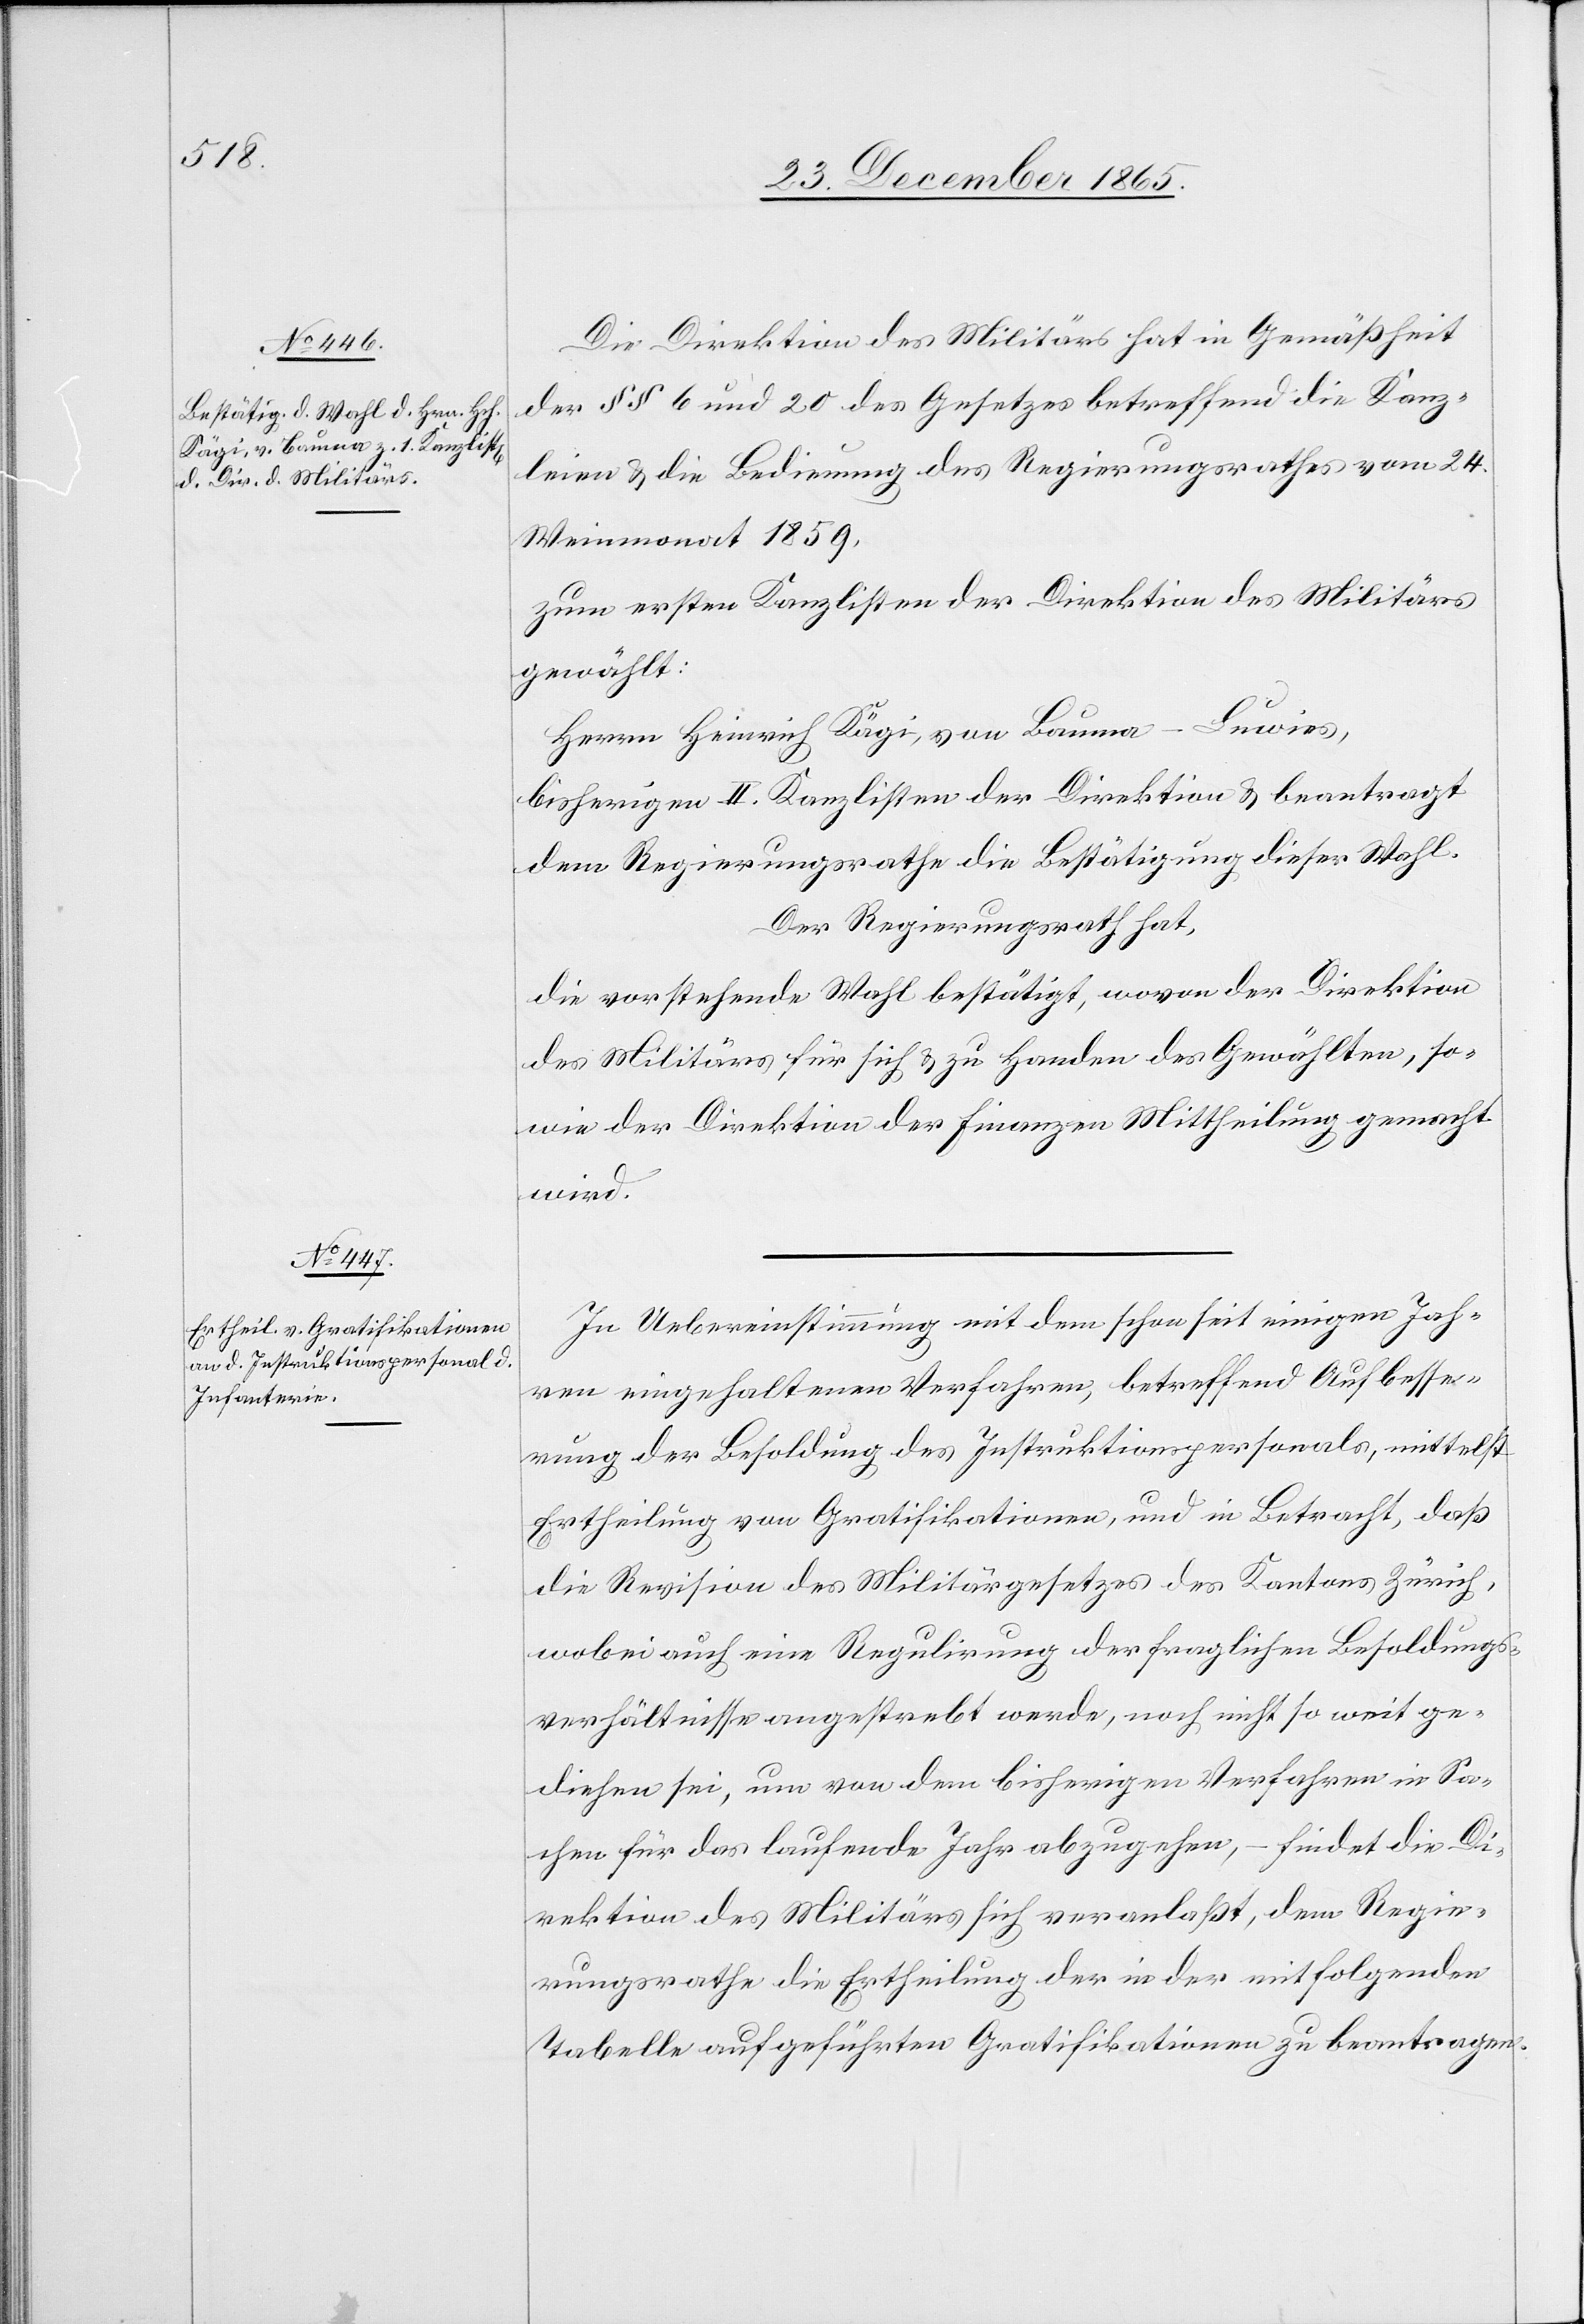
Die Direktion des Militärs hat in Gemäßheit
der §§ 6 und 20 des Gesetzes betreffend die Kanz¬
leien & die Bedingung des Regierungsrathes vom 24.
Weinmonat 1859,
zum ersten Kanzlisten der Direktion des Militärs
gewählt:
Herrn Heinrich Kägi, von Bauma - Luwies,
bisherigen II. Kanzlisten der Direktion & beantragt
dem Regierungsrathe die Bestätigung dieser Wahl.
Der Regierungsrath hat,
die vorstehende Wahl bestätigt, wovon der Direktion
des Militärs für sich & zu Handen des Gewählten, so¬
wie der Direktion der Finanzen Mittheilung gemacht
wird.
In Uebereinstimmung mit dem schon seit einigen Jah¬
ren eingehaltenen Verfahren, betreffend Aufbesse¬
rung der Besoldung des Instruktionspersonals, mittelst
Ertheilung von Gratifikationen, und in Betracht, daß
die Revision des Militärgesetzes des Kantons Zürich,
wobei auch eine Regulirung der fraglichen Besoldungs¬
verhältnisse angestrebt werde, noch nicht so weit ge¬
diehen sei, um von dem bisherigen Verfahren in Sa¬
chen für das laufende Jahr abzugehen, – findet die Di¬
rektion des Militärs sich veranlaßt, dem Regie¬
rungsrathe die Ertheilung der in der mitfolgenden
Tabelle aufgeführten Gratifikationen zu beantragen.